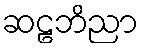
ဆဠဘိညာ